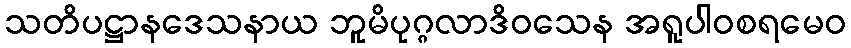
သတိပဋ္ဌာနဒေသနာယ ဘူမိပုဂ္ဂလာဒိဝသေန အရူပါဝစရမေဝ